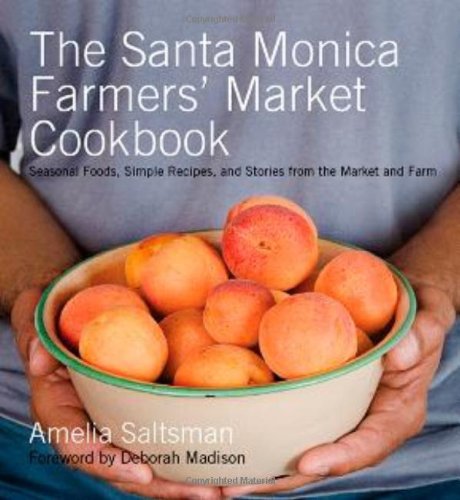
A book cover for The Santa Monica Farmers' Market Cookbook: Seasonal Foods, Simple Recipes, and Stories from the Market and Farm; Amelia Saltsman; Cookbooks, Food & Wine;